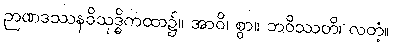
ဉာဏဒဿနဝိသုဒ္ဓိကထာ၌။ အာဝိ၊ စွာ။ ဘဝိဿတိ၊ လတံ့။